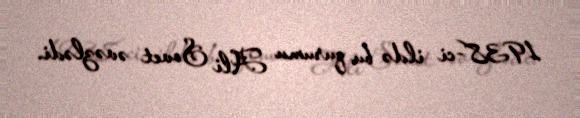
1938-ci ildə bu qurumu Ali Sovet əvəzlədi.